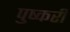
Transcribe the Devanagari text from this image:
पुष्करी